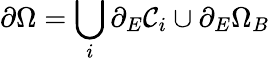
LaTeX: \partial\Omega=\bigcup_{i}\partial_{E}\mathcal{C}_{i}\cup\partial_{E}\Omega_{B}